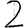
Digit: 2